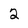
Character: 2